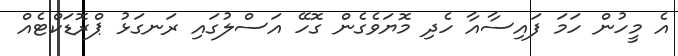
އެ މީހުން ހަމަ ފައިސާއާ ހެދި މޮޔަވެގެން ގޮހޭ އަސްލުގައި ރަނގަޅު ޕްރޮޑަކްޓެއް